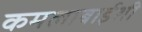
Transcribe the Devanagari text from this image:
कमलाबाईशी